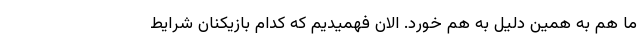
ما هم به همین دلیل به هم خورد. الان فهمیدیم که کدام بازیکنان شرایط